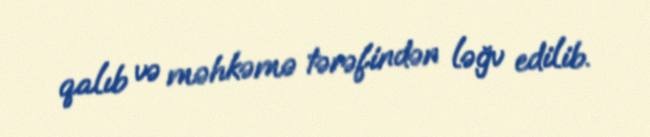
qalıb və məhkəmə tərəfindən ləğv edilib.